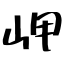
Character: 岬